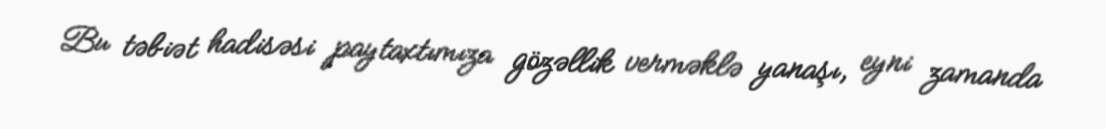
Bu təbiət hadisəsi paytaxtımıza gözəllik verməklə yanaşı, eyni zamanda